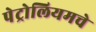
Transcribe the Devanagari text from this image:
पेट्रोलियमचे